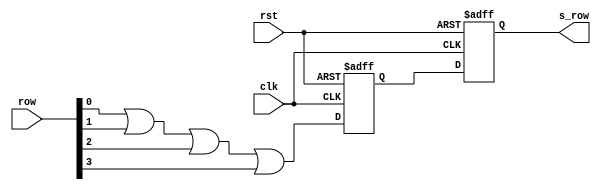
module sync(
    input clk,rst, input [3:0] row, output reg s_row
);
reg a_row;

always @(negedge clk or posedge rst) begin
    if(rst)
    begin
      a_row <= 0;
      s_row <= 0;
    end    
    else begin
      a_row <= (row[0] || row[1] || row[2] || row[3]);
      s_row <= a_row;
    end
end

endmodule